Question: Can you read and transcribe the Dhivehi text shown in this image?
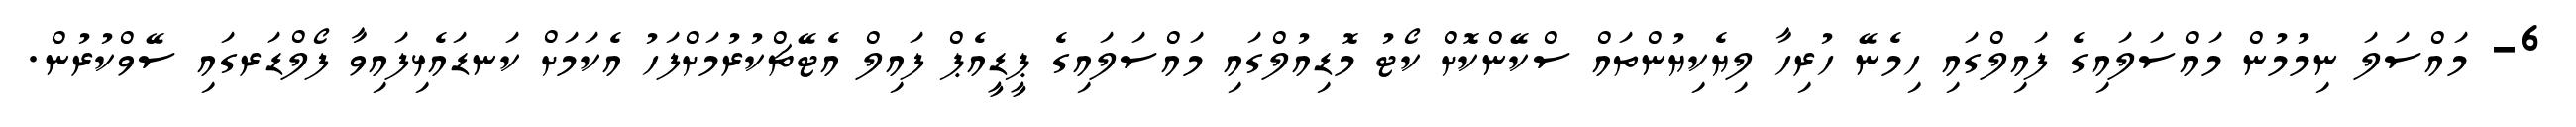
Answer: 6- މައްސަލަ ނިމުމުން މައްސަލައިގެ ފައިލްގައި ހިމެނޭ ހުރިހާ ލިޔެކިޔުންތައް ސްކޭންކޮށް ކޯޓު މޮޑިއުލްގައި މައްސަލައިގެ ޕީޑީއެޕް ފައިލް އެޓޭޗްކުރުމަށްފަހު އެކަމަށް ކަނޑައެޅިފައިވާ ފޯލްޑަރގައި ސޭވްކުރުން.